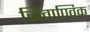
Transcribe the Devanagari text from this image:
जिवाण्विक